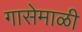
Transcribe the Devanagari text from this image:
गासेमाळी